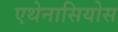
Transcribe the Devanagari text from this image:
एथेनासियोस